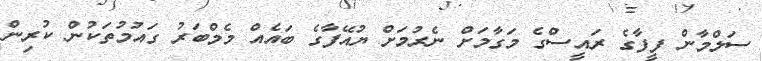
ސަލްމާން ފީފާގެ ރައީސްގެ މަގާމަށް ނެރުމަށް ޔުއޭފާގެ ބައެއް މެމްބަރު ގައުމުތަކުން ކުރިން